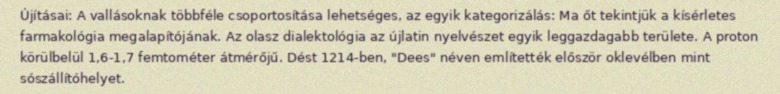
Újításai: A vallásoknak többféle csoportosítása lehetséges, az egyik kategorizálás: Ma őt tekintjük a kísérletes farmakológia megalapítójának. Az olasz dialektológia az újlatin nyelvészet egyik leggazdagabb területe. A proton körülbelül 1,6-1,7 femtométer átmérőjű. Dést 1214-ben, "Dees" néven említették először oklevélben mint sószállítóhelyet.